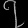
Digit: ၇